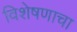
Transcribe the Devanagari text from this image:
विशेषणाचा